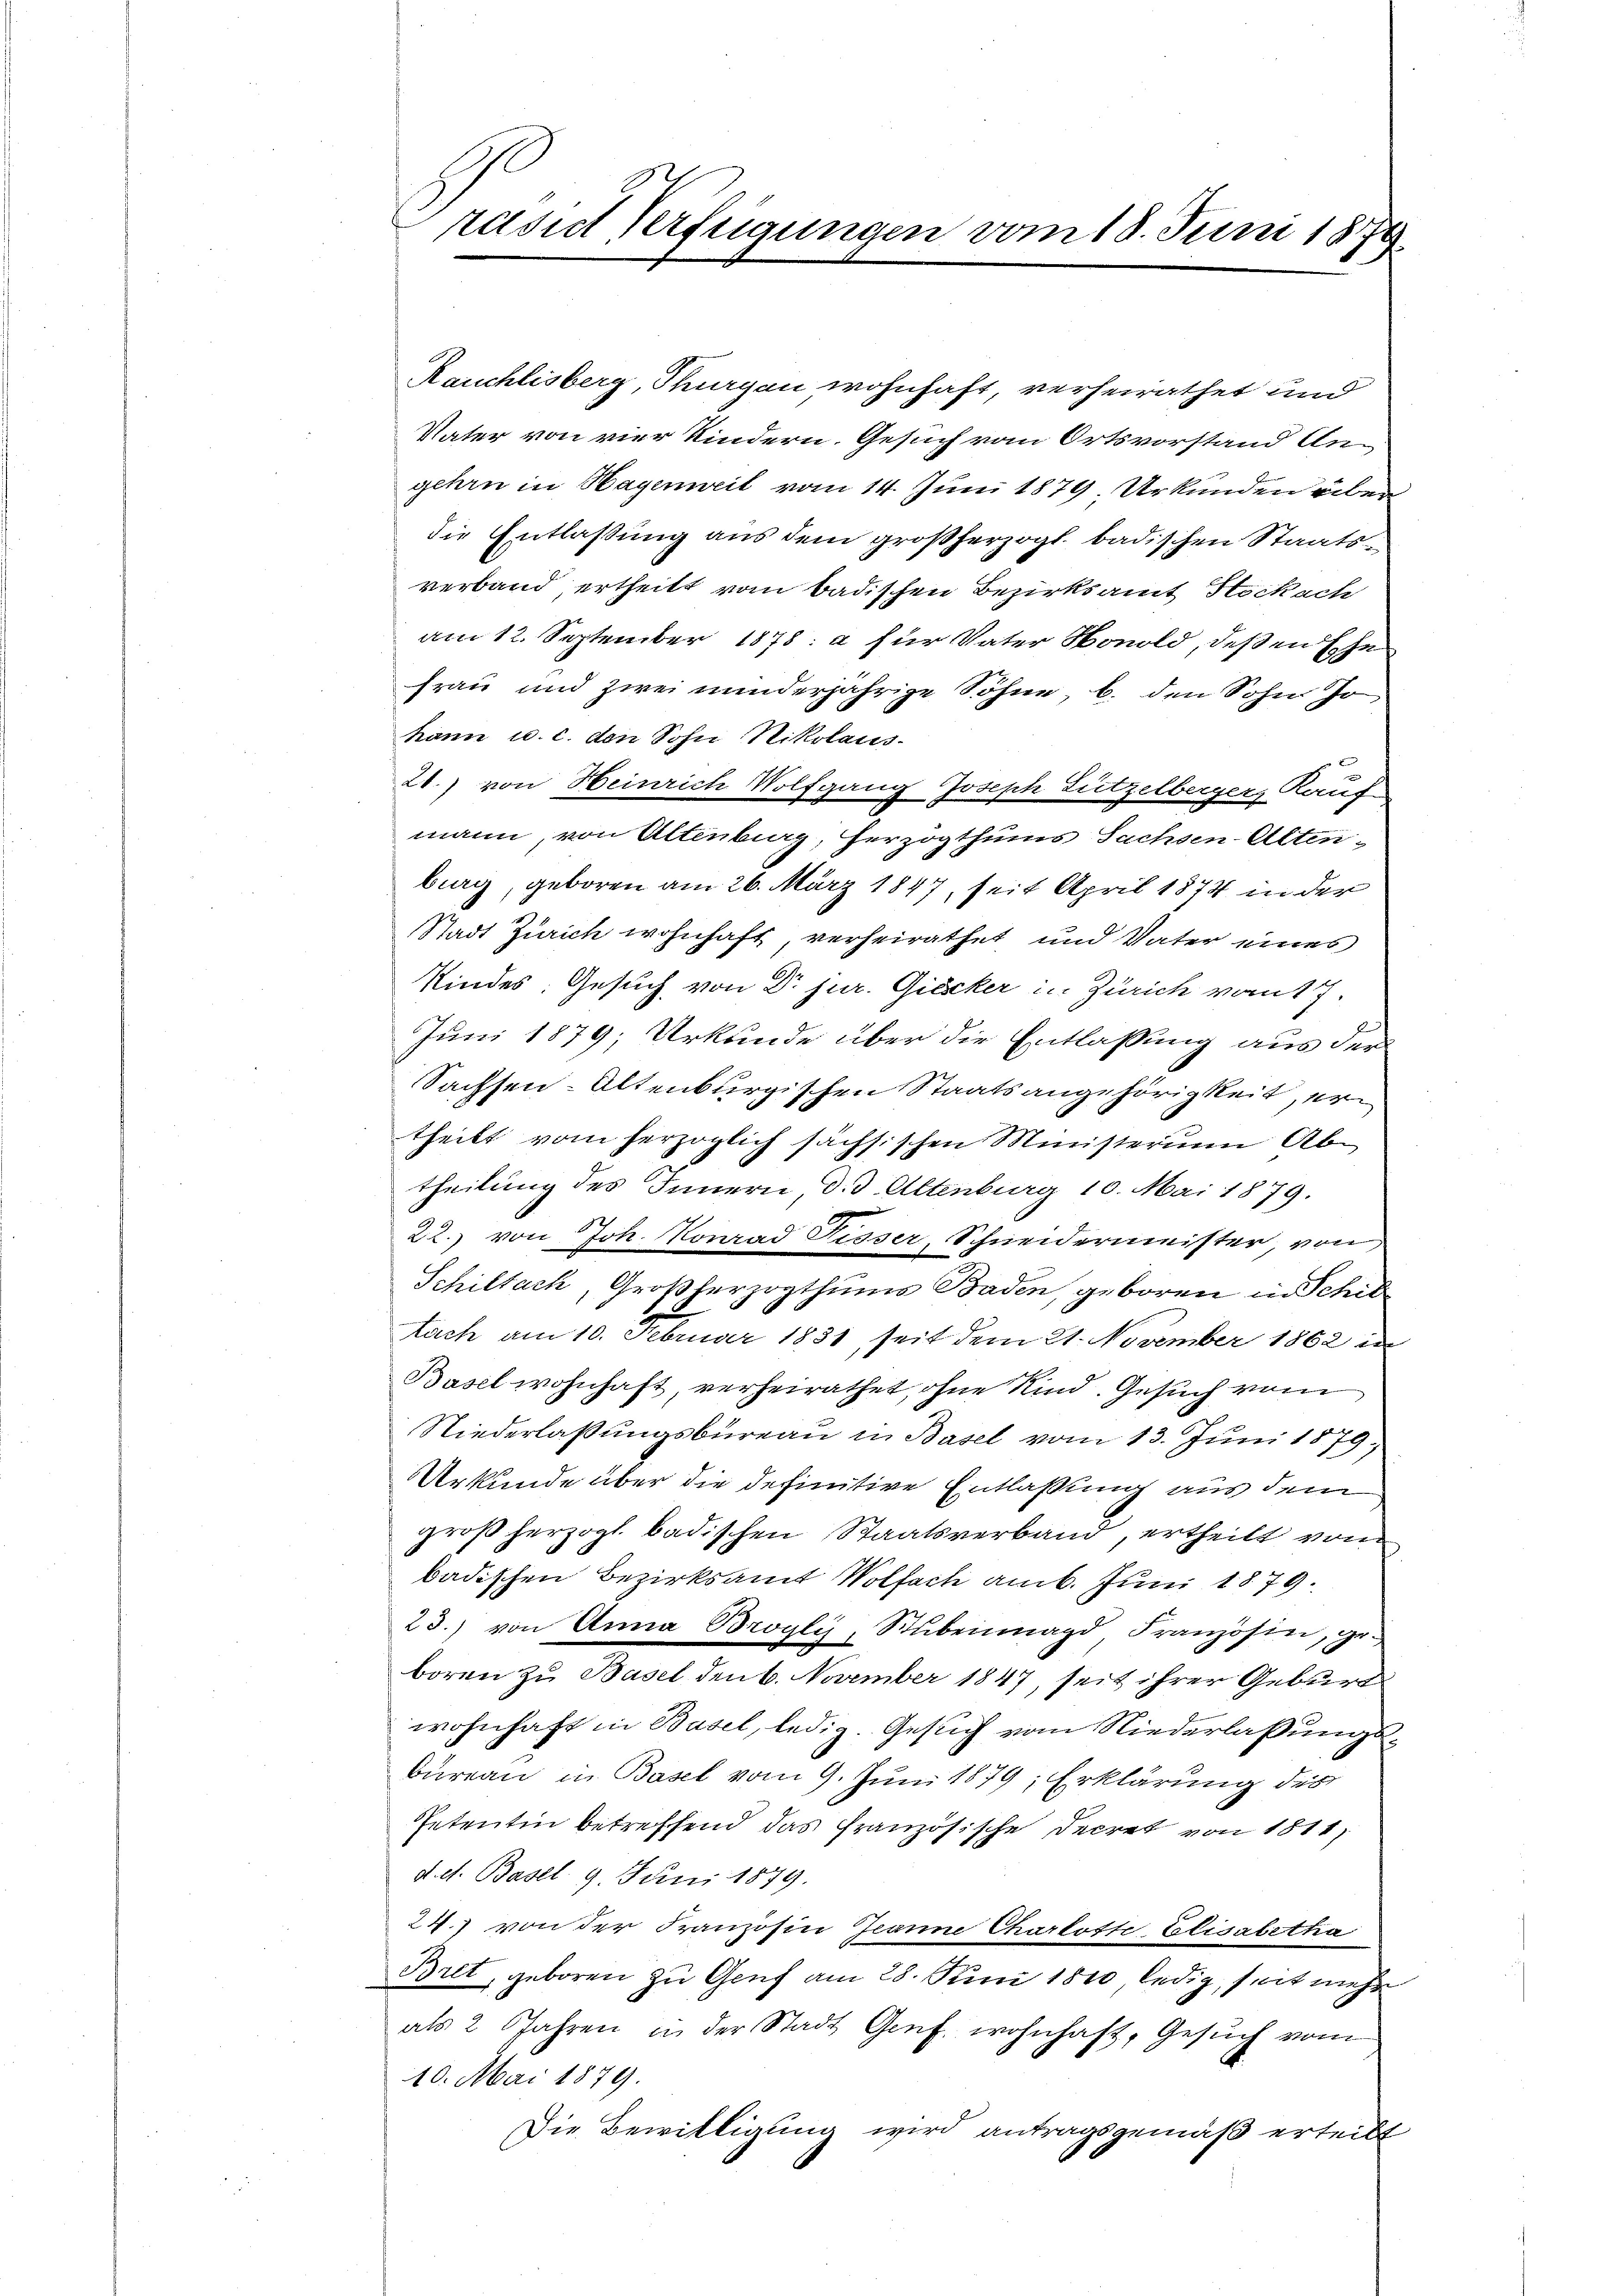
räsid Verfügungen vom 18. Juni 187
¬

Rauchlisberg, Thurgau wohnhaft, verheirathet und
Vater von vier Kindern. Gesuch vom Ortsvorstand Angehrn in Hagenweil vom 14. Juni 1879, Urkunden über
die Entlaßung aus dem großherzogl. badischen Staatsverband ertheilt vom badischen Bezirksamt Stockach
am 12. September 1878: a für Vater Honold, deßen Ehe
Frau und zwei minderjährige Söhne, b. den Sohn Jo
hann u. c. den Sohn Nikolaus-
20.) von Heinrich Wolfgang Joseph Lutzelberger, Kauf-
mann, von Altenburg, herzogthums Sachsen-Altenburg, geboren am 26. März 1847, seit April 1874 in der
Stadt Zürich wohnhaft verheirathet und Vater eines
Kindes, Gesuch von Dr jur. Giecker in Zürich vom 17.
Juni 1879; Urkunde über die Entlassung aus der
Sachsen-Altenburgischen Staatsangehörigkeit, ertheilt vom herzoglich sächsischen Ministerium Ab-
theilung des Innern, d. d. Altenburg 10. Mai 1879.
22.) von Joh. Konrad Disser, Schneidermeister, von
Schiltach, Großherzogthums Baden, geboren in Schillach am 10. Februar 1831, seit dem 21. November 1862 in
Basel wohnhaft, verheirathet, ohne Kind. Gesuch vom
Niederlaßungsbureau in Basel vom 13. Juni 1879,
Urkunde über die definitive Entlassung aus dem
groß herzogl. badischen Staatsverband, ertheilt von
badischen Bezirksamt Wolfach am 6. Juni 1879.
23.) von Anna Brogli, Stubenmagd Französin, geboren zu Basel den 6. November 1847, seit ihrer Geburg
wohnhaft in Basel, ledig. Gesuch vom Niederlaßungsbureau in Basel vom 9. Juni 1879; Erklärung des
Petentin betreffend das Französische Decret von 1811,
d. d. Basel. 9. Juni 1879.
24.) von der Französin Jeanne Charlotte Elisabetha
Bret, geboren zu Genf am 28. Juni 1810 ledig, seit mehr
als 2 Jahren in der Stadt Genf. wohnhaft, Gesŭch vom
10. Mai 1879.
Die Bewilligung wird antragsgemäß erteilt